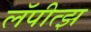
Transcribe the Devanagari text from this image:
लॅपीत्झ